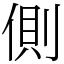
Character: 側